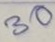
30